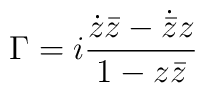
\Gamma =  i\frac{\dot{z}\bar{z}-\dot{\bar{z}}z}{1-z\bar{z}}